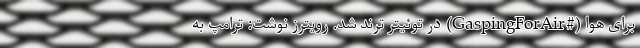
برای هوا (#GaspingForAir) در توئیتر ترند شد. رویترز نوشت: ترامپ به